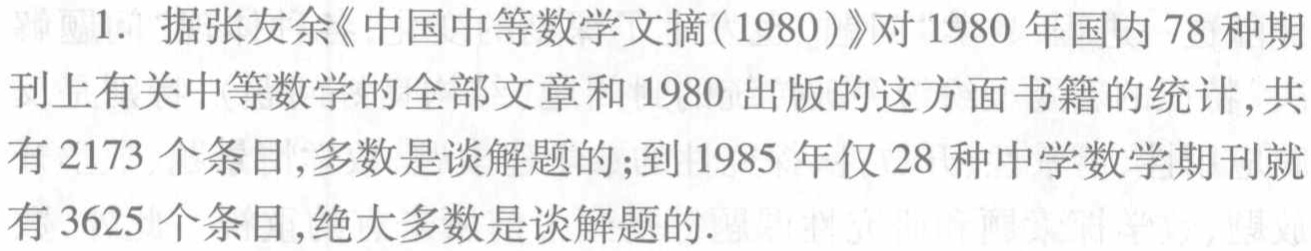
据张友余《中国中等数学文摘(1980)》对1980年国内78种期刊上有关中等数学的全部文章和1980出版的这方面书籍的统计,共有2173个条目,多数是谈解题的;到1985年仅28种中学数学期刊就有3625个条目,绝大多数是谈解题的.